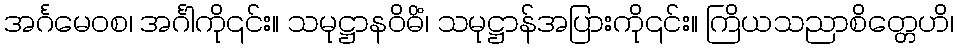
အင်္ဂမေဝစ၊ အင်္ဂါကို၎င်း။ သမုဋ္ဌာနဝိဓိံ၊ သမုဋ္ဌာန်အပြားကို၎င်း။ ကြိယသညာစိတ္တေဟိ၊